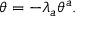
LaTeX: \theta = - \lambda _ { a } \theta ^ { a } .